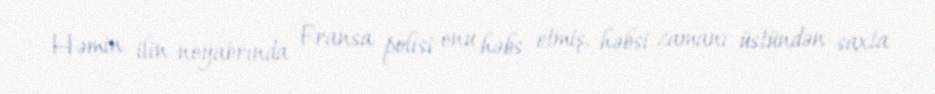
Həmin ilin noyabrında Fransa polisi onu həbs etmiş, həbsi zamanı üstündən saxta